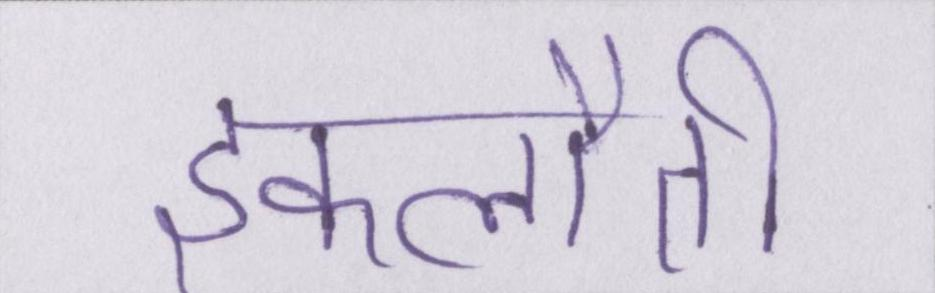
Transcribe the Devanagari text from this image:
इकलौती